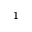
1